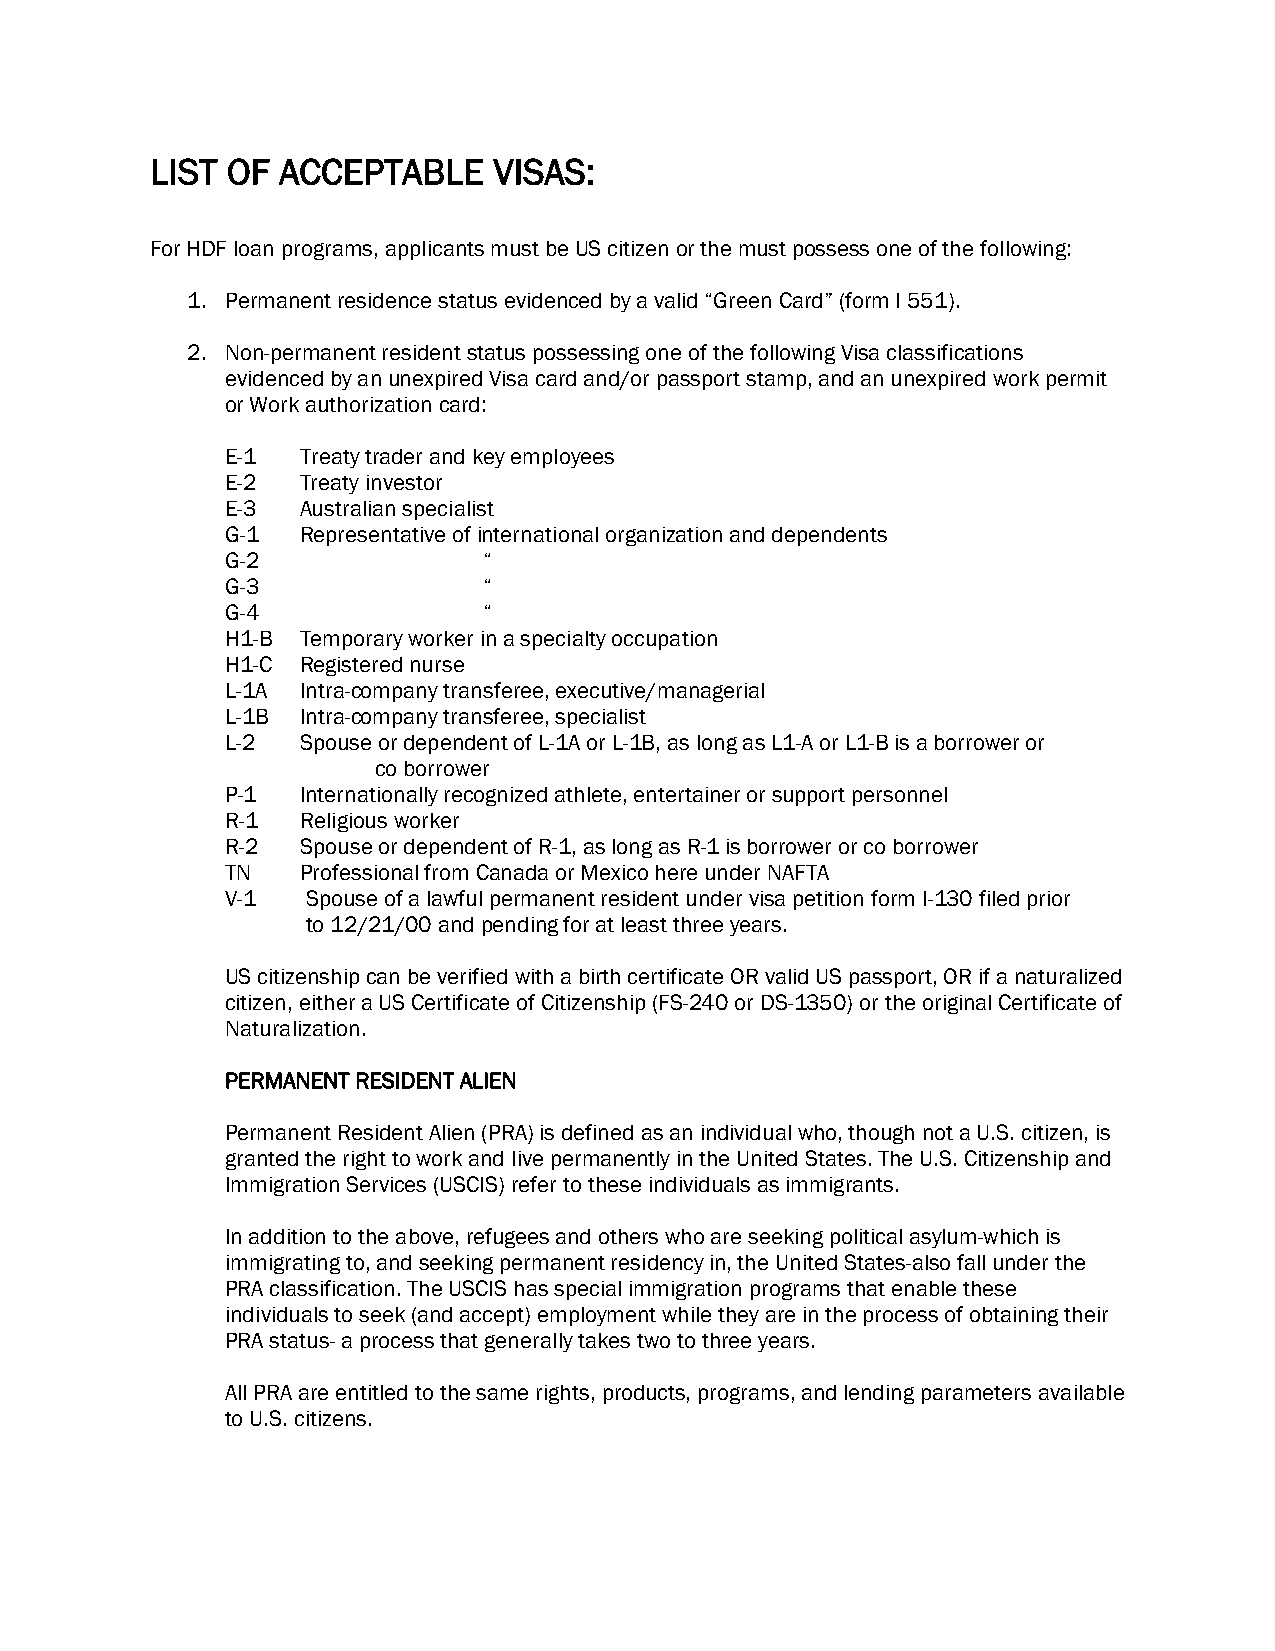
LIST OF ACCEPTABLE     VISAS:
 For HDF loan programs, applicants must be US citizen or the must possess one of the following:
 1. Permanent residence status evidenced by a valid “Green Card” (form I 551).
 2. Non-permanent resident status possessing one of the following Visa classifications
 evidenced by an unexpired Visa card and/or passport stamp, and an unexpired work permit
 or Work authorization card:
 E-1  Treaty trader and key employees
 E-2  Treaty investor
 E-3  Australian specialist
 G-1  Representative of international organization and dependents
 G-2              “
 G-3              “
 G-4              “
 H1-B Temporary worker in a specialty occupation
 H1-C Registered nurse
 L-1A Intra-company transferee, executive/managerial
 L-1B Intra-company transferee, specialist
 L-2  Spouse or dependent of L-1A or L-1B, as long as L1-A or L1-B is a borrower or
 co borrower
 P-1  Internationally recognized athlete, entertainer or support personnel
 R-1  Religious worker
 R-2  Spouse or dependent of R-1, as long as R-1 is borrower or co borrower
 TN   Professional from Canada or Mexico here under NAFTA
 V-1  Spouse of a lawful permanent resident under visa petition form I-130 filed prior
 to 12/21/00 and pending for at least three years.
 US citizenship can be verified with a birth certificate OR valid US passport, OR if a naturalized
 citizen, either a US Certificate of Citizenship (FS-240 or DS-1350) or the original Certificate of
 Naturalization.
 PERMANENT RESIDENT ALIEN
 Permanent Resident Alien (PRA) is defined as an individual who, though not a U.S. citizen, is
 granted the right to work and live permanently in the United States. The U.S. Citizenship and
 Immigration Services (USCIS) refer to these individuals as immigrants.
 In addition to the above, refugees and others who are seeking political asylum-which is
 immigrating to, and seeking permanent residency in, the United States-also fall under the
 PRA classification. The USCIS has special immigration programs that enable these
 individuals to seek (and accept) employment while they are in the process of obtaining their
 PRA status- a process that generally takes two to three years.
 All PRA are entitled to the same rights, products, programs, and lending parameters available
 to U.S. citizens.